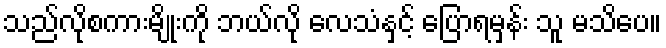
သည်လိုစကားမျိုးကို ဘယ်လို လေသံနှင့် ပြောရမှန်း သူ မသိပေ။